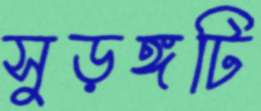
সুড়ঙ্গটি